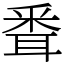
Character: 䎹